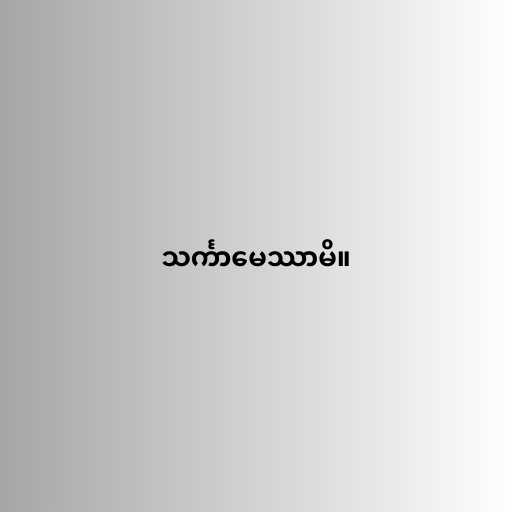
သင်္ကာမေဿာမိ။